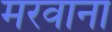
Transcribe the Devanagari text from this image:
मरवाना